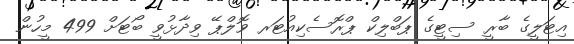
އިޓަލީގެ ބާރީ ސިޓީގެ ޕަބްލިކް ޕްރޮސެކިއުޓަރ ވޮލްޕޭ ވިދާޅުވީ ބޯޓަށް 499 މީހުން